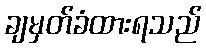
ချမှတ်ခံထားရသည်